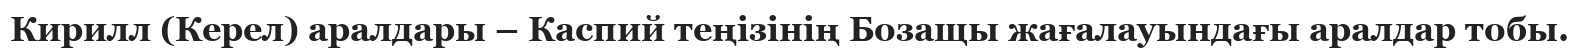
Кирилл (Керел) аралдары – Каспий теңізінің Бозащы жағалауындағы аралдар тобы.